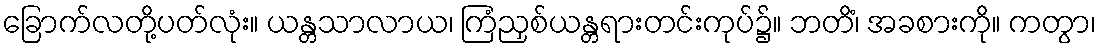
ခြောက်လတို့ပတ်လုံး။ ယန္တသာလာယ၊ ကြံညှစ်ယန္တရားတင်းကုပ်၌။ ဘတိံ၊ အခစားကို။ ကတွာ၊